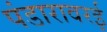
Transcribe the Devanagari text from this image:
पंडारावरई